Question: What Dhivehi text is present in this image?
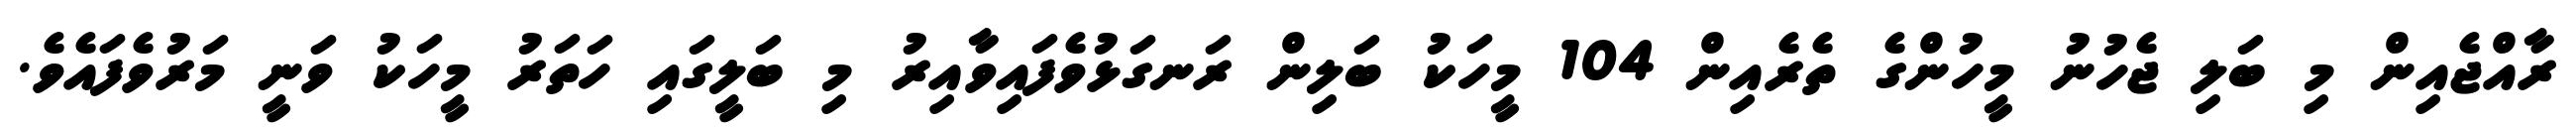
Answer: ރާއްޖެއިން މި ބަލި ޖެހުނު މީހުންގެ ތެރެއިން 104 މީހަކު ބަލިން ރަނގަޅުވެފައިވާއިރު މި ބަލީގައި ހަތަރު މީހަކު ވަނީ މަރުވެފައެވެ.